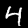
Digit: 4